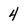
Character: 4